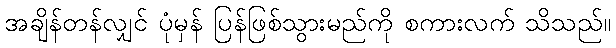
အချိန်တန်လျှင် ပုံမှန် ပြန်ဖြစ်သွားမည်ကို စကားလက် သိသည်။